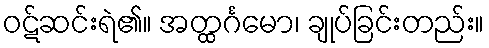
ဝဋ်ဆင်းရဲ၏။ အတ္ထင်္ဂမော၊ ချုပ်ခြင်းတည်း။